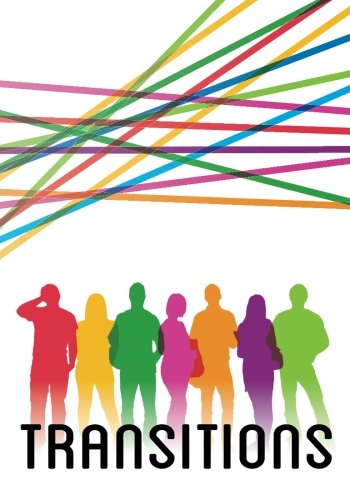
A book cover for Transitions: A resource for students transitioning from schools to universities by Teen Mental Health; Dr. Stanley Kutcher M.D.; Health, Fitness & Dieting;